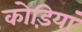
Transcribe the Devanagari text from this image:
कोड़ियां